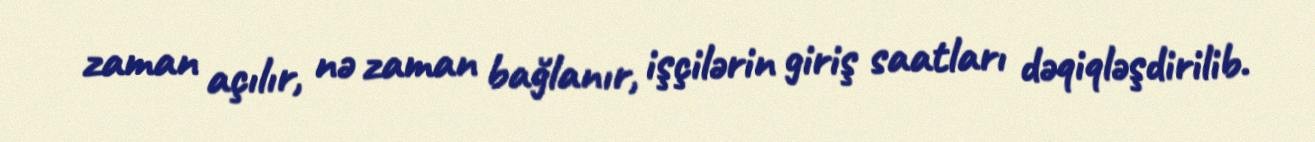
zaman açılır, nə zaman bağlanır, işçilərin giriş saatları dəqiqləşdirilib.